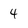
Character: 4